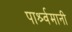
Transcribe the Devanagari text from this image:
पार्श्र्वमानी